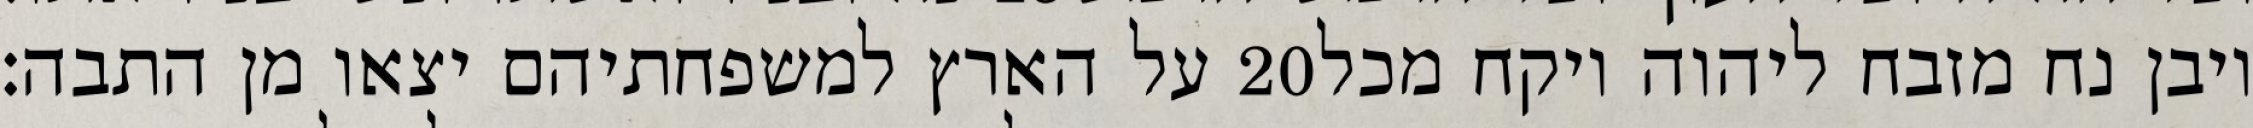
על הארץ למשפחתיהם יצאו מן התבה׃ ‎20‏ ויבן נח מזבח ליהוה ויקח מכל